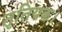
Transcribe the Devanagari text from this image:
तृतियक।